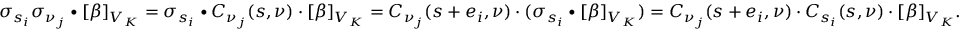
\sigma _ { s _ { i } } \sigma _ { \nu _ { j } } \bullet [ \beta ] _ { V _ { K } } = \sigma _ { s _ { i } } \bullet C _ { \nu _ { j } } ( s , \nu ) \cdot [ \beta ] _ { V _ { K } } = C _ { \nu _ { j } } ( s + e _ { i } , \nu ) \cdot ( \sigma _ { s _ { i } } \bullet [ \beta ] _ { V _ { K } } ) = C _ { \nu _ { j } } ( s + e _ { i } , \nu ) \cdot C _ { s _ { i } } ( s , \nu ) \cdot [ \beta ] _ { V _ { K } } .